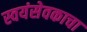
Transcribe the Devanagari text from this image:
स्वयंसेवकाचा